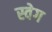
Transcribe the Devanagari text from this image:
स्वेग